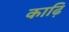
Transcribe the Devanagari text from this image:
काढ़ि